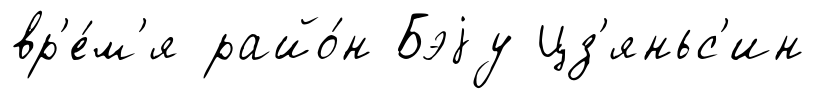
вр'е́м'я райо́н Бэjу Цз'яньс'ин